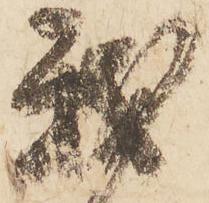
我